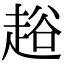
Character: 䞱